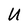
Character: U